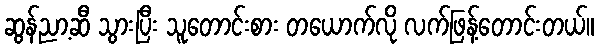
ဆွန်ညာ့ဆီ သွားပြီး သူတောင်းစား တယောက်လို လက်ဖြန့်တောင်းတယ်။